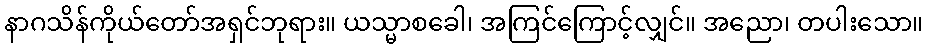
နာဂသိန်ကိုယ်တော်အရှင်ဘုရား။ ယသ္မာစခေါ၊ အကြင်ကြောင့်လျှင်။ အညော၊ တပါးသော။